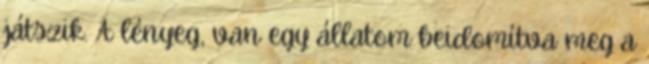
játszik. A lényeg, van egy állatom beidomítva meg a